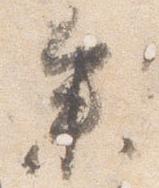
参